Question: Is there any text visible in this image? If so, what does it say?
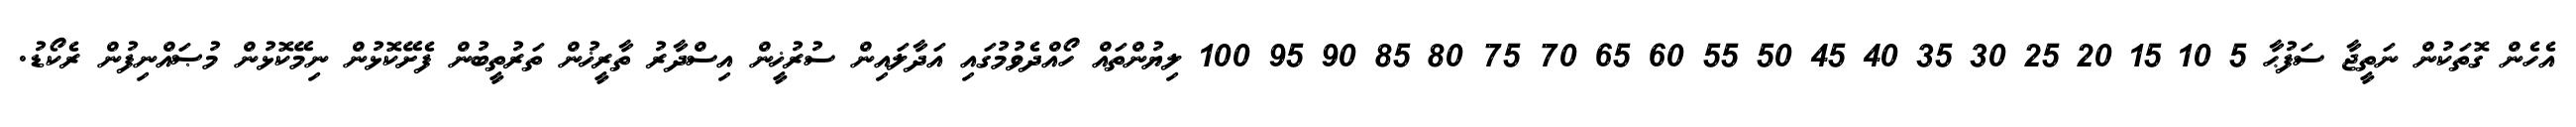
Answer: އެހެން ގޮތަކުން ނަތީޖާ ސަފުޙާ 5 10 15 20 25 30 35 40 45 50 55 60 65 70 75 80 85 90 95 100 ލިޔުންތައް ހޯއްދެވުމުގައި އަދާލައިން ސުރުޚީން އިސްދާރު ތާރީޚުން ތަރުތީބުން ފެށޭކޮޅުން ނިމޭކޮޅުން މުޞައްނިފުން ރެކޯޑު.